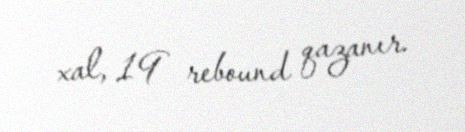
xal, 19 rebound qazanır.